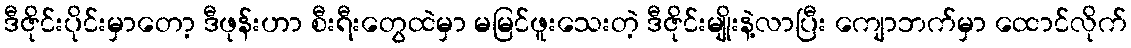
ဒီဇိုင်းပိုင်းမှာတော့ ဒီဖုန်းဟာ စီးရီးတွေထဲမှာ မမြင်ဖူးသေးတဲ့ ဒီဇိုင်းမျိုးနဲ့လာပြီး ကျောဘက်မှာ ထောင်လိုက်